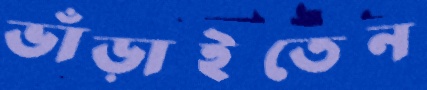
ভাঁড়াইতেন